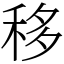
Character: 移